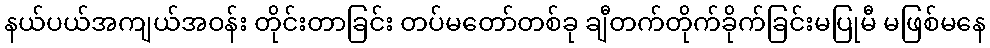
နယ်ပယ်အကျယ်အဝန်း တိုင်းတာခြင်း တပ်မတော်တစ်ခု ချီတက်တိုက်ခိုက်ခြင်းမပြုမီ မဖြစ်မနေ